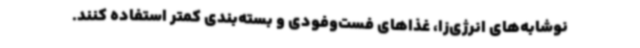
نوشابه‌های انرژی‌زا، غذاهای فست‌وفودی و بسته‌بندی کمتر استفاده کنند.